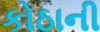
કોઠાની